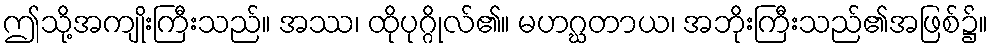
ဤသို့အကျိုးကြီးသည်။ အဿ၊ ထိုပုဂ္ဂိုလ်၏။ မဟဂ္ဃတာယ၊ အဘိုးကြီးသည်၏အဖြစ်၌။